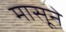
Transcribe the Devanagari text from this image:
मासूने